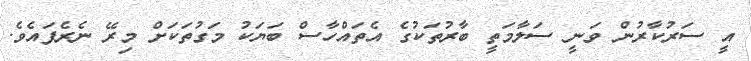
އީ ސަރުކާރުން ވަނީ ސަލާމަތީ ބާރުތަކުގެ އެތައްހާސް ބަޔަކު މަގުތަކަށް މިރޭ ނެރެފައެވެ.